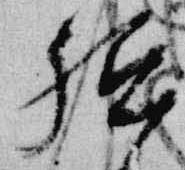
祗